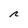
Character: n